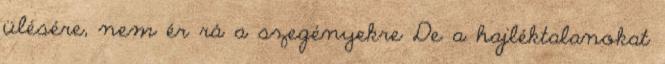
ülésére, nem ér rá a szegényekre De a hajléktalanokat